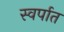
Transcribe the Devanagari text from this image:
स्वर्पात